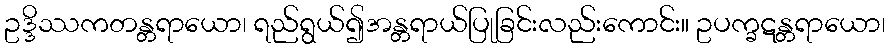
ဥဒ္ဒိဿကတန္တရာယော၊ ရည်ရွယ်၍အန္တရာယ်ပြုခြင်းလည်းကောင်း။ ဥပက္ခဋန္တရာယော၊